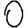
Digit: 0